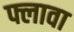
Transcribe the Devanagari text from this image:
फ्लावा